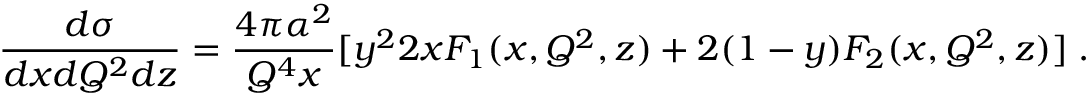
\frac { d \sigma } { d x d Q ^ { 2 } d z } = \frac { 4 \pi \alpha ^ { 2 } } { Q ^ { 4 } x } [ y ^ { 2 } 2 x { \cal F } _ { 1 } ( x , Q ^ { 2 } , z ) + 2 ( 1 - y ) { \cal F } _ { 2 } ( x , Q ^ { 2 } , z ) ] \; .